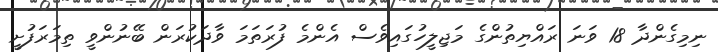
ނިމިގެންދާ 18 ވަނަ ރައްޔިތުންގެ މަޖިލީހުގައިވެސް އެންމެ ފުރަތަމަ ވާދަކުރަން ބޭނުންވީ ތިމަރަފުށީ